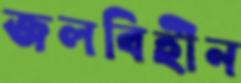
জলবিহীন